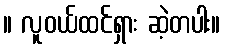
။ လူဝယ်ထင်ရှား ဆဲ့တပါး။